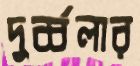
দুর্ব্বলার